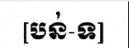
[បន់-ទ]